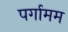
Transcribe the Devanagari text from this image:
पर्गामम